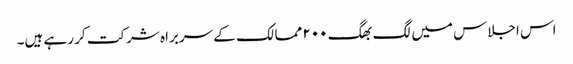
اس اجلاس میں لگ بھگ ۲۰۰ ممالک کے سربراہ شرکت کر رہے ہیں۔